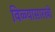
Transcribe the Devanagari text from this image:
विळ्यासारखी